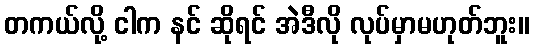
တကယ်လို့ ငါက နင် ဆိုရင် အဲဒီလို လုပ်မှာမဟုတ်ဘူး။